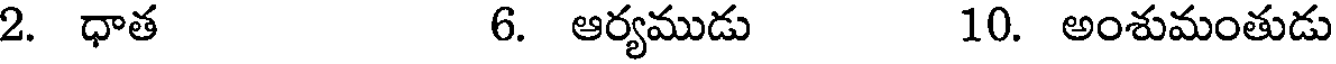
2. ధాత 6. ఆర్యముడు 10. అంశుమంతుడు